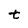
Character: t